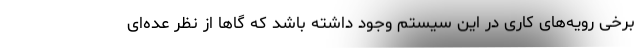
برخی رویه‌های کاری در این سیستم وجود داشته باشد که گا‌ها از نظر عده‌ای